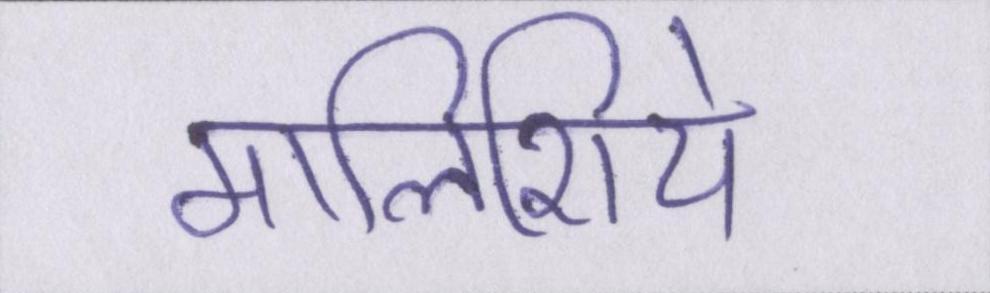
मालिशिये